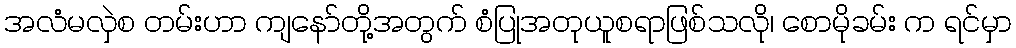
အလံမလှဲစ တမ်းဟာ ကျနော်တို့အတွက် စံပြုအတုယူစရာဖြစ်သလို၊ စောမိုခမ်း က ရင်မှာ